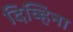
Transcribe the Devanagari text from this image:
दिव्हिना